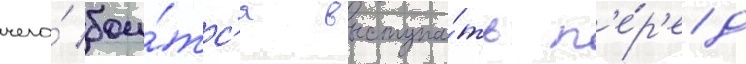
чего́ бои́тс'я выступа́ть п'е́р'ед